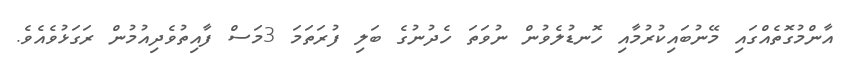
އާންމުގޮތެއްގައި މޭނުބައިކުރުމާއި ހޮނޑުލެވުން ނުވަތަ ހެދުނުގެ ބަލި ފުރަތަމަ 3މަސް ފާއިތުވެދިއުމުން ރަގަޅުވެއެވެ.